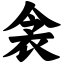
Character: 衾